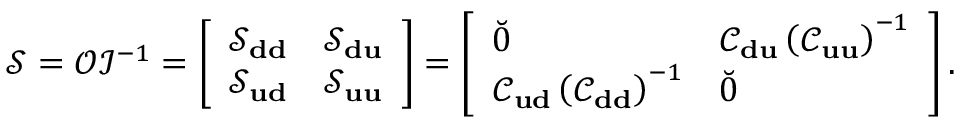
\mathcal { S } = \mathcal { O } \mathcal { I } ^ { - 1 } = \left[ \begin{array} { r r } { \mathcal { S } _ { \bf d d } } & { \mathcal { S } _ { \bf d u } } \\ { \mathcal { S } _ { \bf u d } } & { \mathcal { S } _ { \bf u u } } \end{array} \right] = \left[ \begin{array} { l l } { \breve { 0 } } & { \mathcal { C } _ { \bf d u } \left( \mathcal { C } _ { \bf u u } \right) ^ { - 1 } } \\ { \mathcal { C } _ { \bf u d } \left( \mathcal { C } _ { \bf d d } \right) ^ { - 1 } } & { \breve { 0 } } \end{array} \right] .